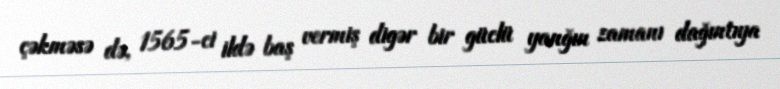
çəkməsə də, 1565-ci ildə baş vermiş digər bir güclü yanğın zamanı dağıntıya